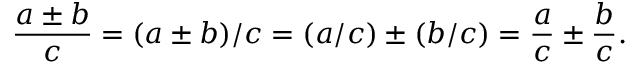
{ \frac { a \pm b } { c } } = ( a \pm b ) / c = ( a / c ) \pm ( b / c ) = { \frac { a } { c } } \pm { \frac { b } { c } } .